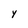
Character: Y